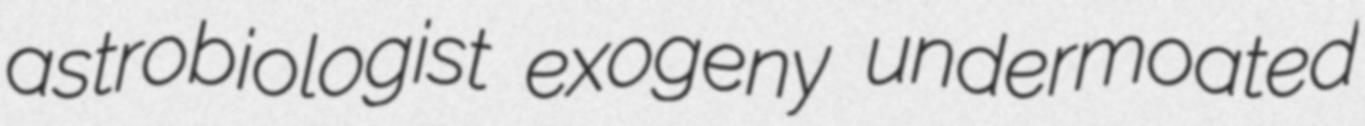
astrobiologist exogeny undermoated